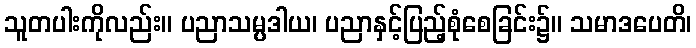
သူတပါးကိုလည်း။ ပညာသမ္ပဒါယ၊ ပညာနှင့်ပြည့်စုံစေခြင်း၌။ သမာဒပေတိ၊